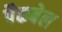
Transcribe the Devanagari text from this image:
पैकबेल